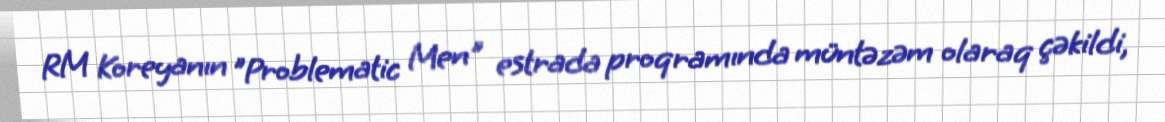
RM Koreyanın "Problematic Men" estrada proqramında müntəzəm olaraq çəkildi,